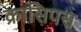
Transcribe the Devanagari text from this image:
क्रासिपस